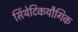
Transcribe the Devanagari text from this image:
सिंथेटिकयौगिक